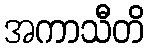
အကာသီတိ